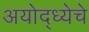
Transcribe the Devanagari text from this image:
अयोद्ध्येचे